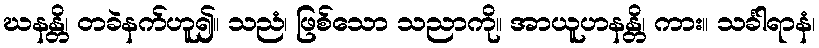
ဃနန္တိ၊ တခဲနက်ဟူ၍။ သညံ၊ ဖြစ်သော သညာကို။ အာယူဟနန္တိ၊ ကား။ သင်္ခါရာနံ၊